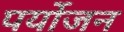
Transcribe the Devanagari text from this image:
पर्योजन